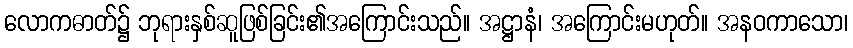
လောကဓာတ်၌ ဘုရားနှစ်ဆူဖြစ်ခြင်း၏အကြောင်းသည်။ အဋ္ဌာနံ၊ အကြောင်းမဟုတ်။ အနဝကာသော၊